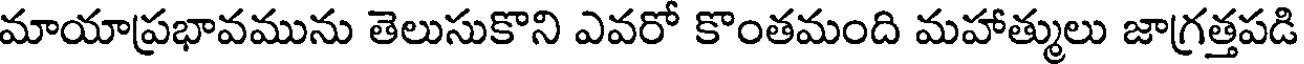
మాయాప్రభావమును తెలుసుకొని ఎవరో కొంతమంది మహాత్ములు జాగ్రత్తపడి